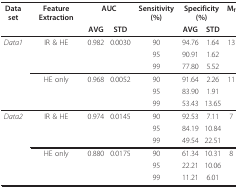
| Data set | Feature Extraction | <COLSPAN=2> AUC | Sensitivity (%) | <COLSPAN=2> Specificity (%) | Mf |
 |  |  | AVG | STD |  | AVG | STD |  |
 | --- | --- | --- | --- | --- | --- | --- | --- |
 | Data1 | IR & HE | 0.982 | 0.0030 | 90 | 94.76 | 1.64 | 13 |
 |  |  |  |  | 95 | 90.91 | 1.62 |  |
 |  |  |  |  | 99 | 77.80 | 5.52 |  |
 |  | HE only | 0.968 | 0.0052 | 90 | 91.64 | 2.26 | 11 |
 |  |  |  |  | 95 | 83.90 | 1.91 |  |
 |  |  |  |  | 99 | 53.43 | 13.65 |  |
 | Data2 | IR & HE | 0.974 | 0.0145 | 90 | 92.53 | 7.11 | 7 |
 |  |  |  |  | 95 | 84.19 | 10.84 |  |
 |  |  |  |  | 99 | 49.54 | 22.51 |  |
 |  | HE only | 0.880 | 0.0175 | 90 | 61.34 | 10.31 | 8 |
 |  |  |  |  | 95 | 22.21 | 10.06 |  |
 |  |  |  |  | 99 | 11.21 | 6.01 |  |